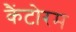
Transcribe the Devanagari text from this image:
कैंटोरम